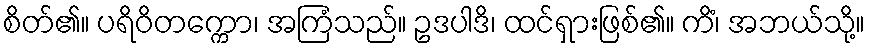
စိတ်၏။ ပရိဝိတက္ကော၊ အကြံသည်။ ဥဒပါဒိ၊ ထင်ရှားဖြစ်၏။ ကိံ၊ အဘယ်သို့။